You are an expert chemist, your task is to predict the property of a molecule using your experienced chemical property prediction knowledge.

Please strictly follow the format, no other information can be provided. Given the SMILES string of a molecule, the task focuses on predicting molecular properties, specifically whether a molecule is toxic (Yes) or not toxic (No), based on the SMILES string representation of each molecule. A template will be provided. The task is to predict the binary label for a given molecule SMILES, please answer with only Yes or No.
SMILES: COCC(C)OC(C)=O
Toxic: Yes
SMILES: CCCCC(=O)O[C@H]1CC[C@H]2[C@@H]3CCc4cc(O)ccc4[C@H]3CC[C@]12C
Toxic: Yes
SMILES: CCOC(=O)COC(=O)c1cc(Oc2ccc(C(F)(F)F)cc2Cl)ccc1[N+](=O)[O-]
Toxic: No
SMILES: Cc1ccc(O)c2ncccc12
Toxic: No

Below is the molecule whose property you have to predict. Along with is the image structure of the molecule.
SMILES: CCOC(OCC)OCC
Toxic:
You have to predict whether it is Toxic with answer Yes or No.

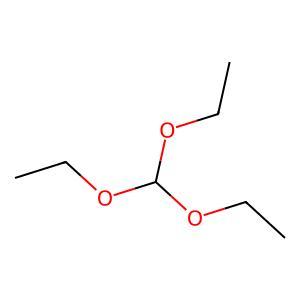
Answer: No